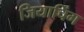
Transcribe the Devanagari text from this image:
जियाचिंग